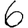
Digit: 6